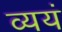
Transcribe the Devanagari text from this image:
व्ययं